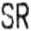
SR